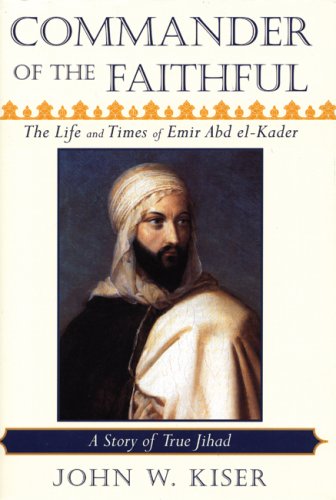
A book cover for Commander of the Faithful: The Life and Times of Emir Abd el-Kader (1808-1883); John W. Kiser; History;